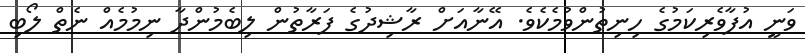
ވަނީ އުފާވެރިކަމުގެ ހިނިތުންވުމެކެވެ. އޭނާއަށް ރާޝިދުގެ ފަރާތުން ލިބެމުންދާ ނިމުމެއް ނެތް ލޯބި